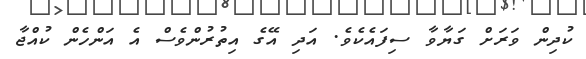
ކުދިން ވަރަށް ގަޔާވާ ސިފައެކެވެ. އަދި އޭގެ އިތުރުންވެސް އެ އަންހެން ކުއްޖާ